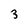
Character: 3